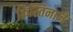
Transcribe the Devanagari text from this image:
क्रिस्तिनाने